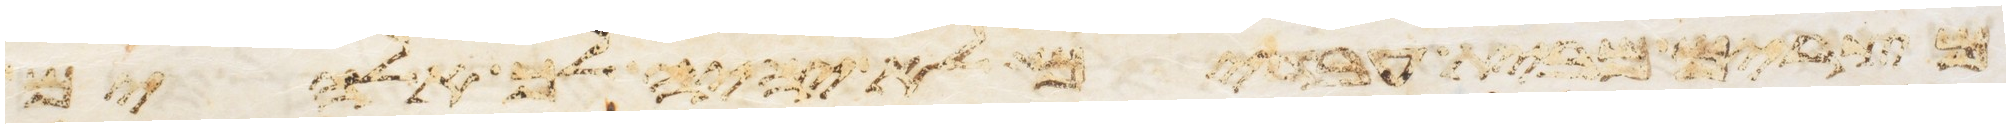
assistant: מצרים מבית עבדים לא יהיה לך אלהים